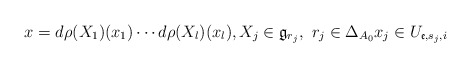
\begin{align*} x=d\rho(X_1)(x_{1})\cdots d\rho(X_l)(x_{l}),X_j\in \mathfrak{g}_{r_j},\,\,r_j\in \Delta_{A_0}x_{j}\in U_{\mathfrak{e},s_j,i}\end{align*}